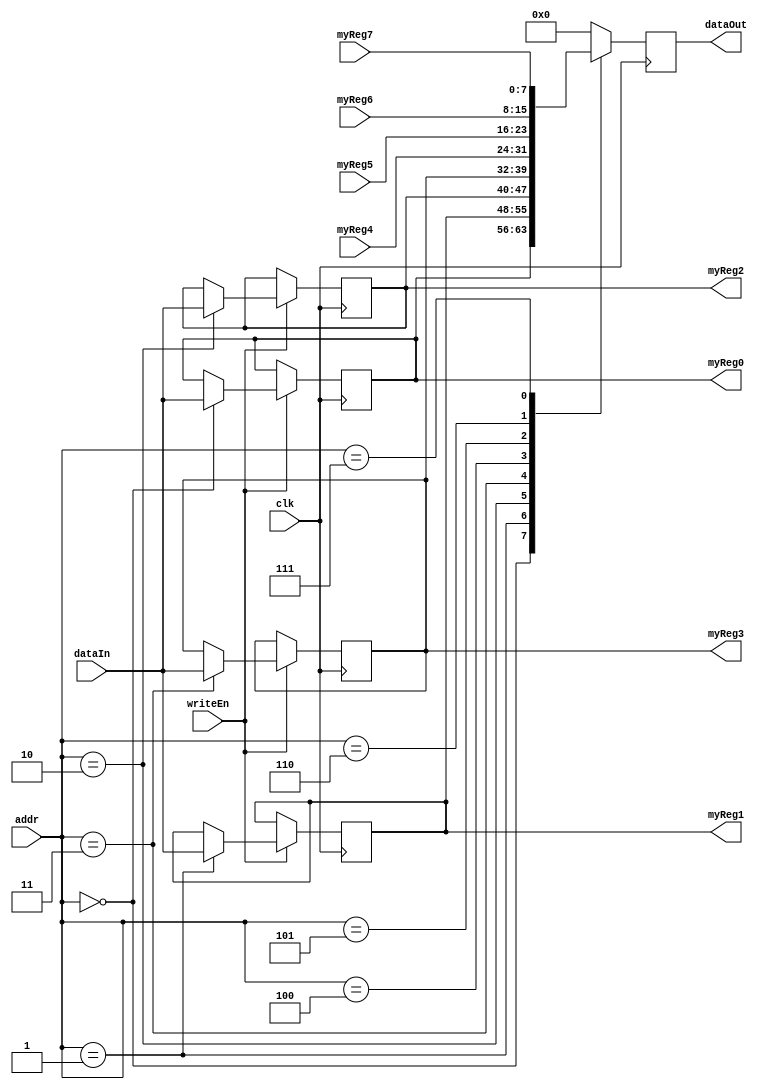
module registerInterface_1 (
  clk,
  addr,
  dataIn,
  writeEn,
  dataOut,
  myReg0,
  myReg1,
  myReg2,
  myReg3,
  myReg4,
  myReg5,
  myReg6,
  myReg7
);
input clk;
input [7:0] addr;
input [7:0] dataIn;
input writeEn;
output [7:0] dataOut;
output [7:0] myReg0;
output [7:0] myReg1;
output [7:0] myReg2;
output [7:0] myReg3;
input [7:0] myReg4;
input [7:0] myReg5;
input [7:0] myReg6;
input [7:0] myReg7;
reg [7:0] dataOut;
reg [7:0] myReg0;
reg [7:0] myReg1;
reg [7:0] myReg2;
reg [7:0] myReg3;
always @(posedge clk) begin
  case (addr)
    8'h00: dataOut <= myReg0;  
    8'h01: dataOut <= myReg1;  
    8'h02: dataOut <= myReg2;  
    8'h03: dataOut <= myReg3;  
    8'h04: dataOut <= myReg4;  
    8'h05: dataOut <= myReg5;  
    8'h06: dataOut <= myReg6;  
    8'h07: dataOut <= myReg7;  
    default: dataOut <= 8'h00;
  endcase
end
always @(posedge clk) begin
  if (writeEn == 1'b1) begin
    case (addr)
      8'h00: myReg0 <= dataIn;  
      8'h01: myReg1 <= dataIn;
      8'h02: myReg2 <= dataIn;
      8'h03: myReg3 <= dataIn;
    endcase
  end
end
endmodule